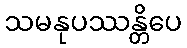
သမနုပဿန္တိပေ